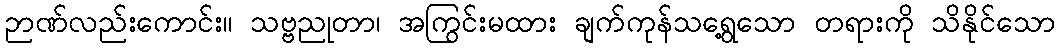
ဉာဏ်လည်းကောင်း။ သဗ္ဗညုတာ၊ အကြွင်းမထား ချက်ကုန်သရွေ့သော တရားကို သိနိုင်သော